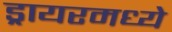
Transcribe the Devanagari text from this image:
ड्रायरमध्ये